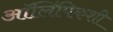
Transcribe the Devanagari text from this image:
ऑलिंपिकशी